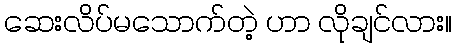
ဆေးလိပ်မသောက်တဲ့ ဟာ လိုချင်လား။